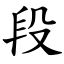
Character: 段